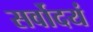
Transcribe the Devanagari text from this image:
सर्वोदयं